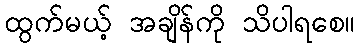
ထွက်မယ့် အချိန်ကို သိပါရစေ။